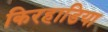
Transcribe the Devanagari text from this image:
किरहाडिया